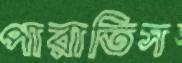
পারাতিস